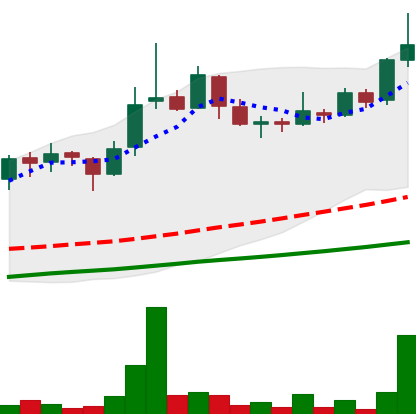
Ticker: LINK-USD
Chart end date: 2018-11-13
Forward return: -9.838%
Label: down_7plus